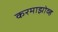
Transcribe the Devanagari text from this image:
करमाझोव्ह